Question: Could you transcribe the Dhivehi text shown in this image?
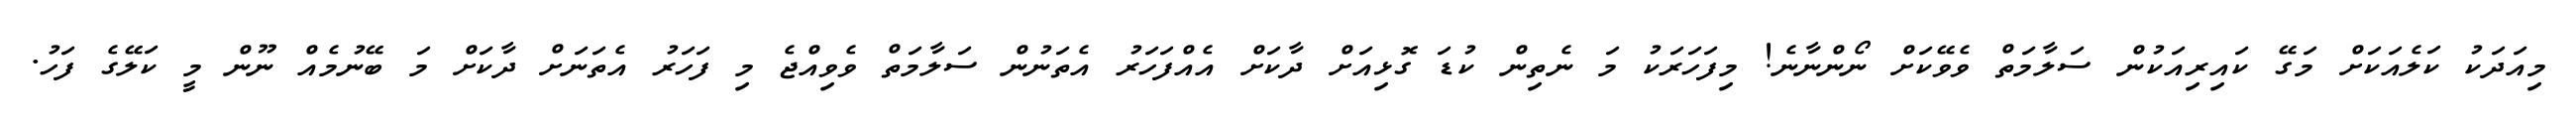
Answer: މިއަދަކު ކަލެއަކަށް މަގޭ ކައިރިއަކުން ސަލާމަތް ވެވޭކަށް ނޯންނާނެ! މިފަހަރަކު މަ ނެތިން ކުޑަ ގޮޅިއަށް ދާކަށް އެއްފަހަރު އެތަނުން ސަލާމަތް ވެވިއްޖެ މި ފަހަރު އެތަނަށް ދާކަށް މަ ބޭނުމެއް ނޫން މީ ކަލޭގެ ފަހު.